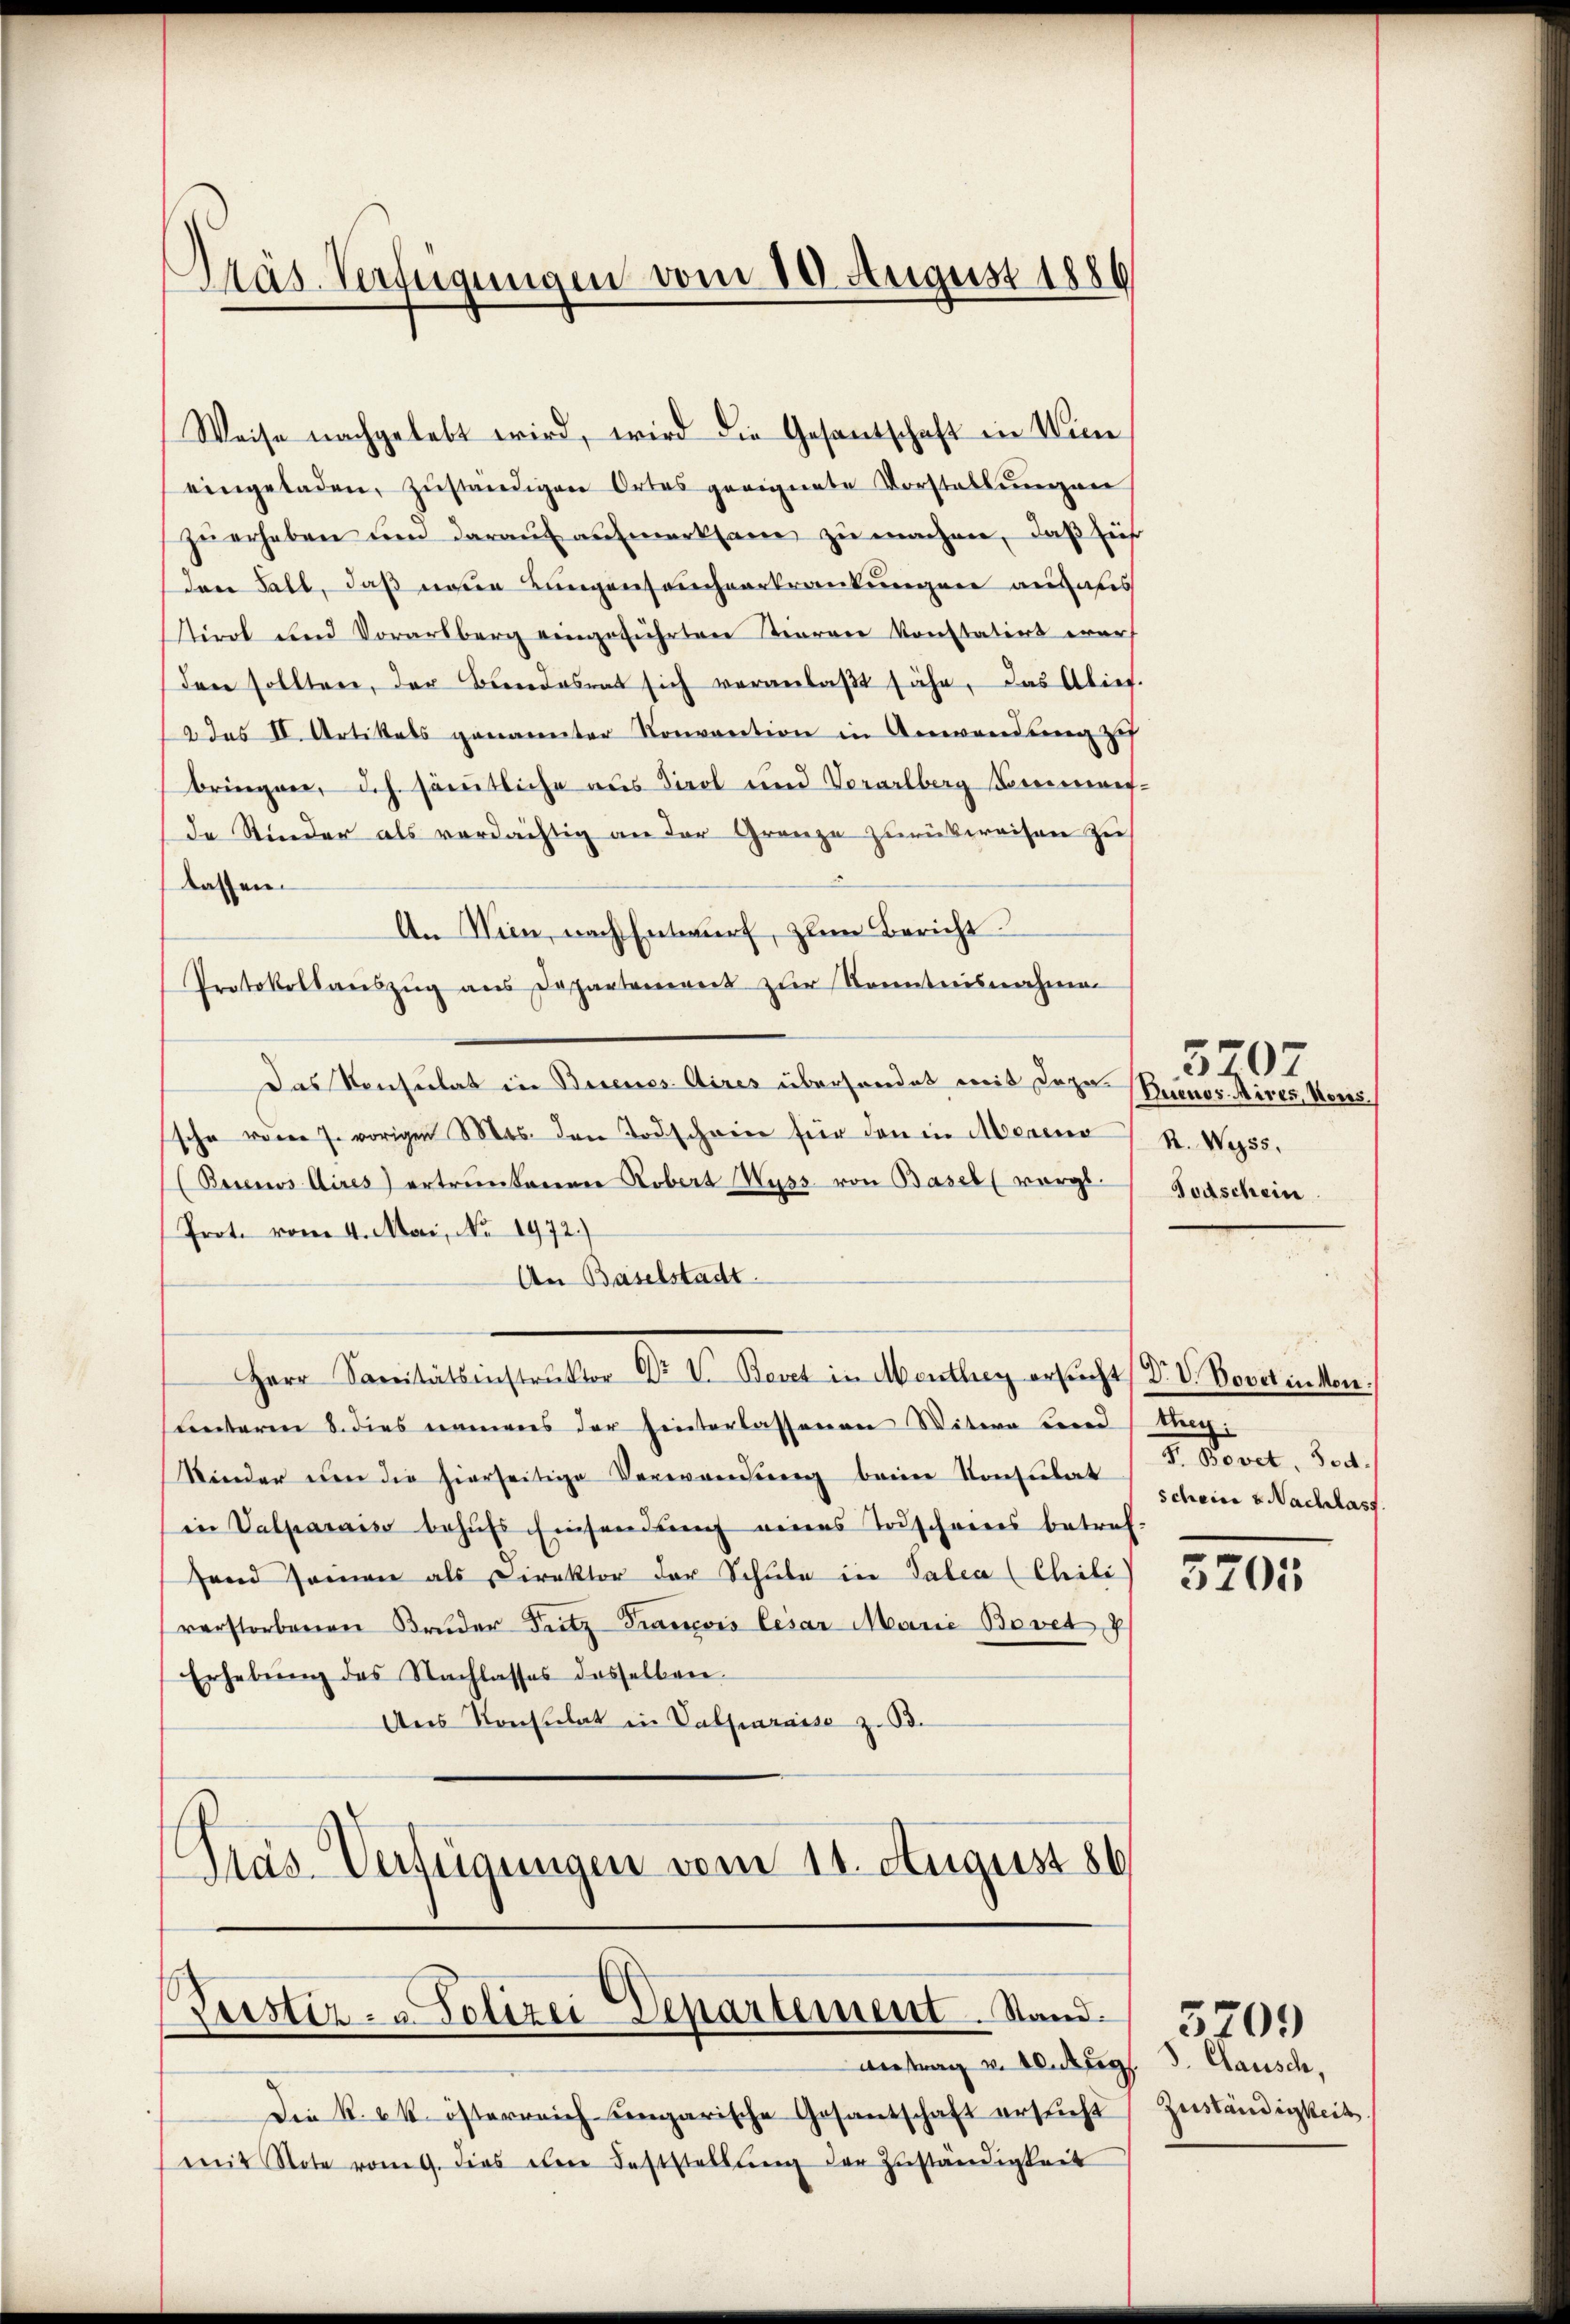
Weise nachgelebt wird, wird die Gesantschaft in Wiene
eingeladen, zŭständigen Ortes geeignete Vorstellŭngen
zŭ erhaben um darauf aufmerksam zu machen, daß führ
den Fall, daß neue Lungenseuchverkrankungen aus aus
tirol und Vorarsberg eingeführten Tierare Konstatirt war
den sollten, der Bundesrat sich veranlaβt sähe, das Alief.
a das II. Artikels genannter Konvention in Anwendung zu
bringen, d.h. sämtliche aus Tirol und Vorarlberg Socienner-
de Stinder als verdächtig an der Grenze zurückweisen zu
lassen.
An Wien, nach Entwurf, zum Bericht:
Protokollauszug aus Departement zur Kenntnisnahmen
Das Konsulat in Buenos Aires überhandet mit dazu (Buenos Aires, Neus
sche vom 7. vorigen Mts. den Todschwere für den in Aberena
(Buenos Aires) ertrunkenen Robert Huss von Basel (vorge Todschein
Prote vom 4. Mari, No 1972.)
An Baselstadt.
Herr Sanitätsinstrŭktor Dr. V. Bevet in Menthey ersŭcht, Dr. V. Bovetikon.
Lnteren 8. dies namens der hinterlassenen Witwe und Ung
Kinder um die hierseitige Verwendung beim Konsulat (derin u. Nachlass
in Valparais behŭfs Einsendŭng eines Todscheines betref
Hand Jeman als Direktor der Schule in Talia (Chili
verstorbenen Bruder Fritz François lesar Marie Bovet z
Erhebŭng des Nachlasses dasselben
Ans Konsulat in Valparaise z. B.
Tras Verfügungen vom 11. August 186

Präs. Verfügungen vom 10. August 1886

Verstiz- & Polizei Departement. Stand.
Antrag v. Aug. d. Rausch,

Die k. k. österreich ungarische Gesantschaft ersucht
mit Note vom 9. dies etwa Feststellŭng der Zŭständigkeit

R. Wyss,

5707

d. Bovet. Doct.

3205

Zuständigkeit.

5709